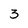
Character: 3